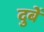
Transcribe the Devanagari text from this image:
दुबें